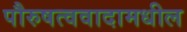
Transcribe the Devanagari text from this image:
पौरुषत्ववादामधील